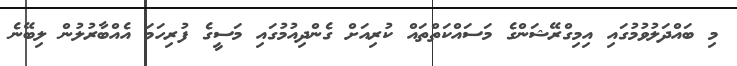
މި ބައްދަލުވުމުގައި އިމިގްރޭޝަންގެ މަސައްކަތްތައް ކުރިއަށް ގެންދިއުމުގައި މަސީގެ ފުރިހަމަ އެއްބާރުލުން ލިބޭނެ